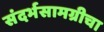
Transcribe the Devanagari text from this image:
संदर्भसामग्रीचा